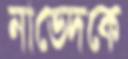
নাভেদকে